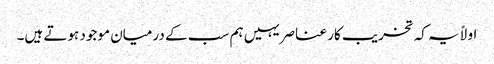
اولاً یہ کہ تخریب کار عناصر یہیں ہم سب کے درمیان موجود ہوتے ہیں۔